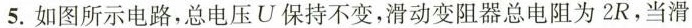
5. 如图所示电路，总电压 U 保持不变，滑动变阻器总电阻为 2R，当滑